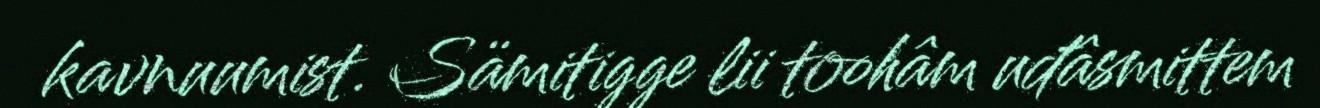
kavnuumist. Sämitigge lii toohâm uđâsmittem